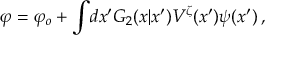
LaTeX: \varphi = \varphi _ { o } + \int \! d x ^ { \prime } { \cal G } _ { 2 } ( x | x ^ { \prime } ) V ^ { \zeta } ( x ^ { \prime } ) \psi ( x ^ { \prime } ) \, ,